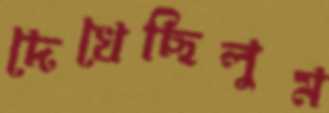
দেখেছিলুম